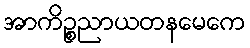
အာကိဉ္စညာယတနမေကေ